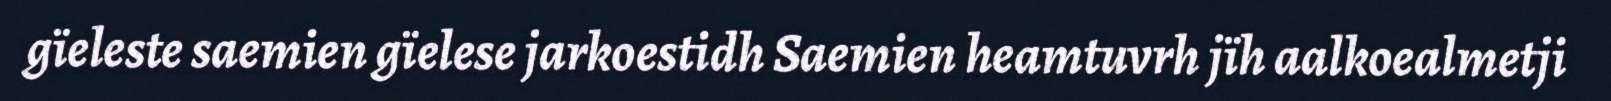
gïeleste saemien gïelese jarkoestidh Saemien heamtuvrh jïh aalkoealmetji